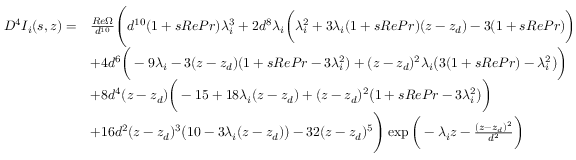
\begin{array} { r l } { D ^ { 4 } I _ { i } ( s , z ) = } & { \frac { R e \Omega } { d ^ { 1 0 } } \Bigg ( d ^ { 1 0 } ( 1 + s R e P r ) \lambda _ { i } ^ { 3 } + 2 d ^ { 8 } \lambda _ { i } \bigg ( \lambda _ { i } ^ { 2 } + 3 \lambda _ { i } ( 1 + s R e P r ) ( z - z _ { d } ) - 3 ( 1 + s R e P r ) \bigg ) } \\ & { + 4 d ^ { 6 } \bigg ( - 9 \lambda _ { i } - 3 ( z - z _ { d } ) ( 1 + s R e P r - 3 \lambda _ { i } ^ { 2 } ) + ( z - z _ { d } ) ^ { 2 } \lambda _ { i } \big ( 3 ( 1 + s R e P r ) - \lambda _ { i } ^ { 2 } \big ) \bigg ) } \\ & { + 8 d ^ { 4 } ( z - z _ { d } ) \bigg ( - 1 5 + 1 8 \lambda _ { i } ( z - z _ { d } ) + ( z - z _ { d } ) ^ { 2 } \big ( 1 + s R e P r - 3 \lambda _ { i } ^ { 2 } \big ) \bigg ) } \\ & { + 1 6 d ^ { 2 } ( z - z _ { d } ) ^ { 3 } \big ( 1 0 - 3 \lambda _ { i } ( z - z _ { d } ) \big ) - 3 2 ( z - z _ { d } ) ^ { 5 } \Bigg ) \exp \bigg ( - \lambda _ { i } z - \frac { ( z - z _ { d } ) ^ { 2 } } { d ^ { 2 } } \bigg ) } \end{array}